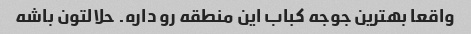
واقعا بهترین جوجه کباب این منطقه رو داره. حلالتون باشه